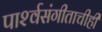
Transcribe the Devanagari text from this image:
पार्श्‍वसंगीताचीही